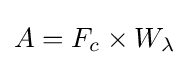
A=F_{c}\times W_{\lambda }